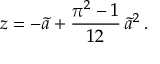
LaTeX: z = - \widetilde { a } + \frac { \pi ^ { 2 } - 1 } { 1 2 } \, \widetilde { a } ^ { 2 } \, .